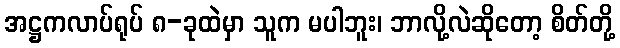
အဋ္ဌကလာပ်ရုပ် ၈-ခုထဲမှာ သူက မပါဘူး၊ ဘာလို့လဲဆိုတော့ စိတ်တို့